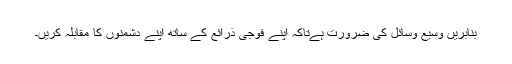
بنابریں وسیع وسائل کی ضرورت ہےتاکہ اپنے فوجی ذرائع کے ساتھ اپنے دشمنوں کا مقابلہ کریں۔